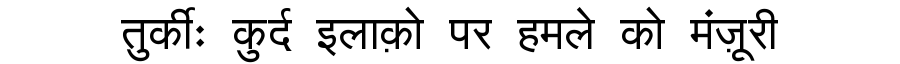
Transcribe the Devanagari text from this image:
तुर्कीः कुर्द इलाक़ो पर हमले को मंज़ूरी